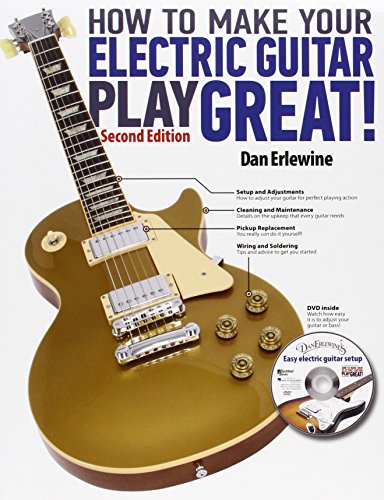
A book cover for How to Make Your Electric Guitar Play Great - Second Edition; Dan Erlewine; Arts & Photography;